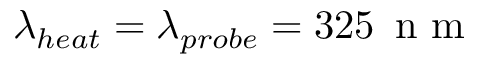
\lambda _ { h e a t } = \lambda _ { p r o b e } = 3 2 5 \, \mathrm { ~ n ~ m ~ }